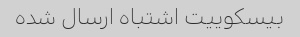
بیسکوییت اشتباه ارسال شده